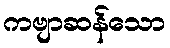
ကဗျာဆန်သော